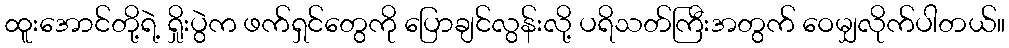
ထူးအောင်တို့ရဲ့ ရှိုးပွဲက ဖက်ရှင်တွေကို ပြောချင်လွန်းလို့ ပရိသတ်ကြီးအတွက် ဝေမျှလိုက်ပါတယ်။